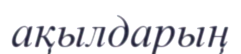
ақылдарың